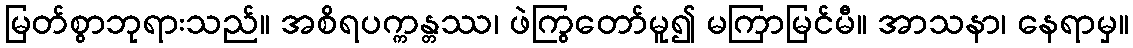
မြတ်စွာဘုရားသည်။ အစိရပက္ကန္တဿ၊ ဖဲကြွတော်မူ၍ မကြာမြင်မီ။ အာသနာ၊ နေရာမှ။